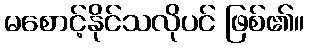
မစောင့်နိုင်သလိုပင် ဖြစ်၏။